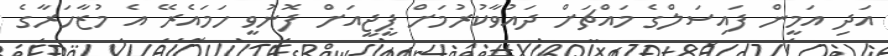
އަދި އަމީން ފައިސަލްގެ މައްޗަށް ދައުވާކުރުމަށް ޕީޖީއަށް ފޮނުވީ ހަމައެރޭ އެ މުޒާހަރާގެ